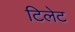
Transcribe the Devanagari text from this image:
टिलेट